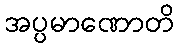
အပ္ပမာဏောတိ